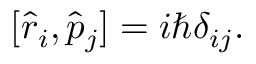
[ { \hat { r } } _ { i } , { \hat { p } } _ { j } ] = i \hbar \delta _ { i j } .